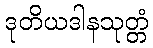
ဒုတိယဒါနသုတ္တံ